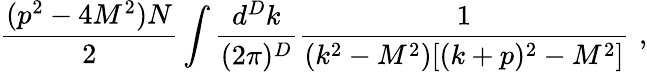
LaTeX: \frac{(p^{2}-4M^{2})N}2\int\frac{d^{D}k}{(2\pi)^{D}}\frac{1}{(k^{2}-M^{2})[(k+p)^{2}-M^{2}]}\, \, ,